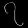
Digit: ၇